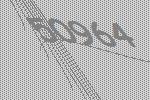
50964